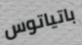
باتياتوس